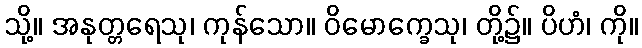
သို့။ အနုတ္တရေသု၊ ကုန်သော။ ဝိမောက္ခေသု၊ တို့၌။ ပိဟံ၊ ကို။